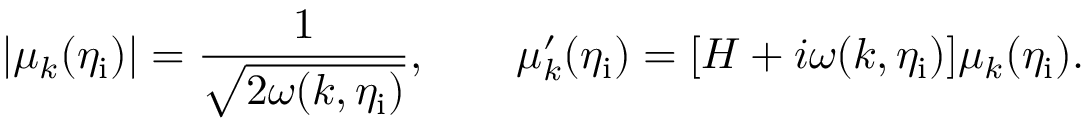
| \mu _ { k } ( \eta _ { \mathrm { i } } ) | = \frac { 1 } { \sqrt { 2 \omega ( k , \eta _ { \mathrm { i } } ) } } , \qquad \mu _ { k } ^ { \prime } ( \eta _ { \mathrm { i } } ) = [ { \cal H } + i \omega ( k , \eta _ { \mathrm { i } } ) ] \mu _ { k } ( \eta _ { \mathrm { i } } ) .